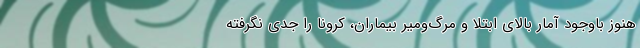
هنوز باوجود آمار بالای ابتلا و مرگ‌ومیر بیماران، کرونا را جدی نگرفته